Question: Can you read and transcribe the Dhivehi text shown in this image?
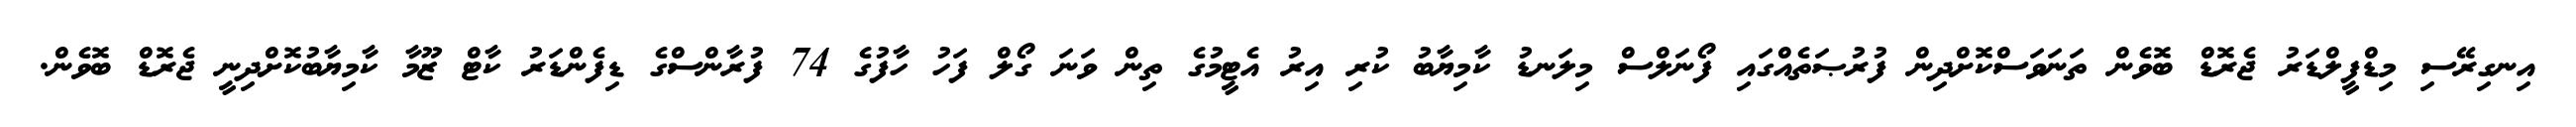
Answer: އިނގިރޭސި މިޑްފީލްޑަރު ޖެރޮޑް ބޮވެން ތަނަވަސްކޮށްދިން ފުރުޞަތެއްގައި ފޯނަލްސް މިލަނޑު ކާމިޔާބު ކުރި އިރު އެޓީމުގެ ތިން ވަނަ ގޯލް ފަހު ހާފުގެ 74 ފުރާންސްގެ ޑިފެންޑަރު ކާޓް ޒޫމާ ކާމިޔާބުކޮށްދިނީ ޖެރޮޑް ބޮވެން.